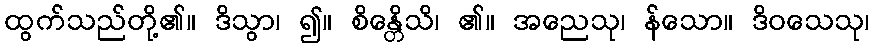
ထွက်သည်တို့၏။ ဒိသွာ၊ ၍။ စိန္တေိသိ၊ ၏။ အညေသု၊ န်သော။ ဒိဝသေသု၊